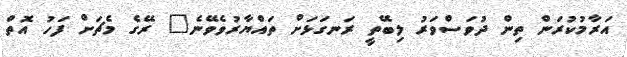
އަރާމުކުރަން ތިން ދުވަސްވަރު ލިބޭތީ ރަނގަޅަށް ތައްޔާރުވެވޭނެ" ރޭގެ މެޗަށް ފަހު އޮތް